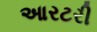
આરટરી